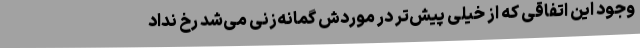
وجود این اتفاقی که از خیلی پیش‌تر در موردش گمانه‌زنی می‌شد رخ نداد